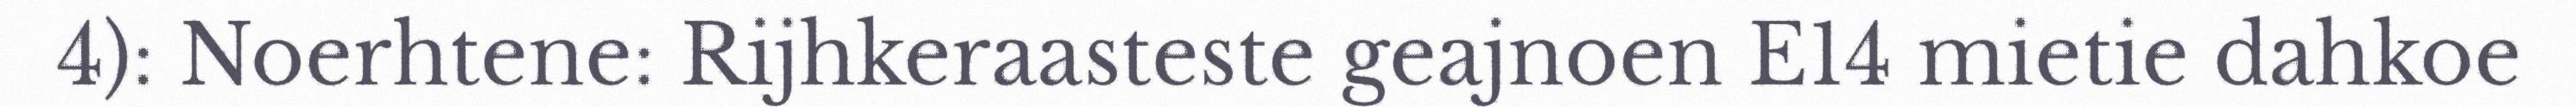
4): Noerhtene: Rijhkeraasteste geajnoen E14 mietie dahkoe